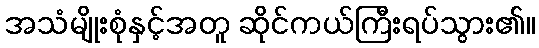
အသံမျိုးစုံနှင့်အတူ ဆိုင်ကယ်ကြီးရပ်သွား၏။